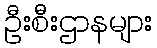
ဦးစီးဌာနများ